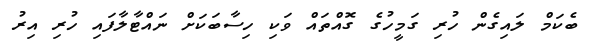
ބެކަމް ލައިގެން ހުރި ގަމީހުގެ ގޮއްތައް ވަކި ހިސާބަކަށް ނައްޓާލާފައި ހުރި އިރު